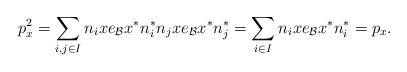
LaTeX: \begin{align*}p_x^2 = \sum_{i,j \in I} n_i x e_{\mathcal{B}} x^\ast n_i^\ast n_j x e_{\mathcal{B}} x^\ast n_j^\ast = \sum_{i \in I} n_i x e_{\mathcal{B}} x^\ast n_i^\ast = p_x. \end{align*}